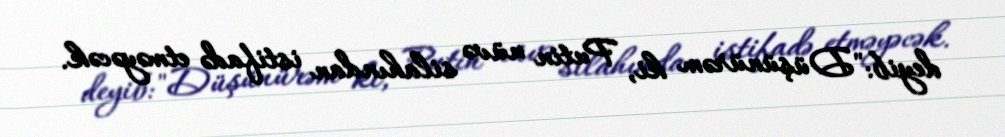
deyib: "Düşünürəm ki, Putin nüvə silahından istifadə etməyəcək.